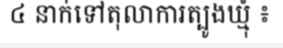
៤ នាក់ទៅតុលាការត្បូងឃ្មុំ ៖